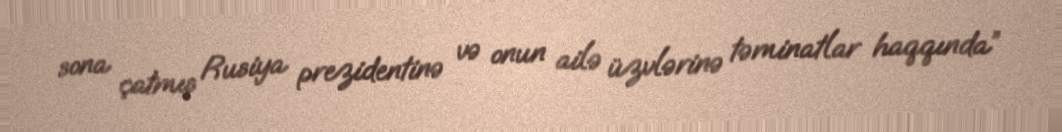
sona çatmış Rusiya prezidentinə və onun ailə üzvlərinə təminatlar haqqında”